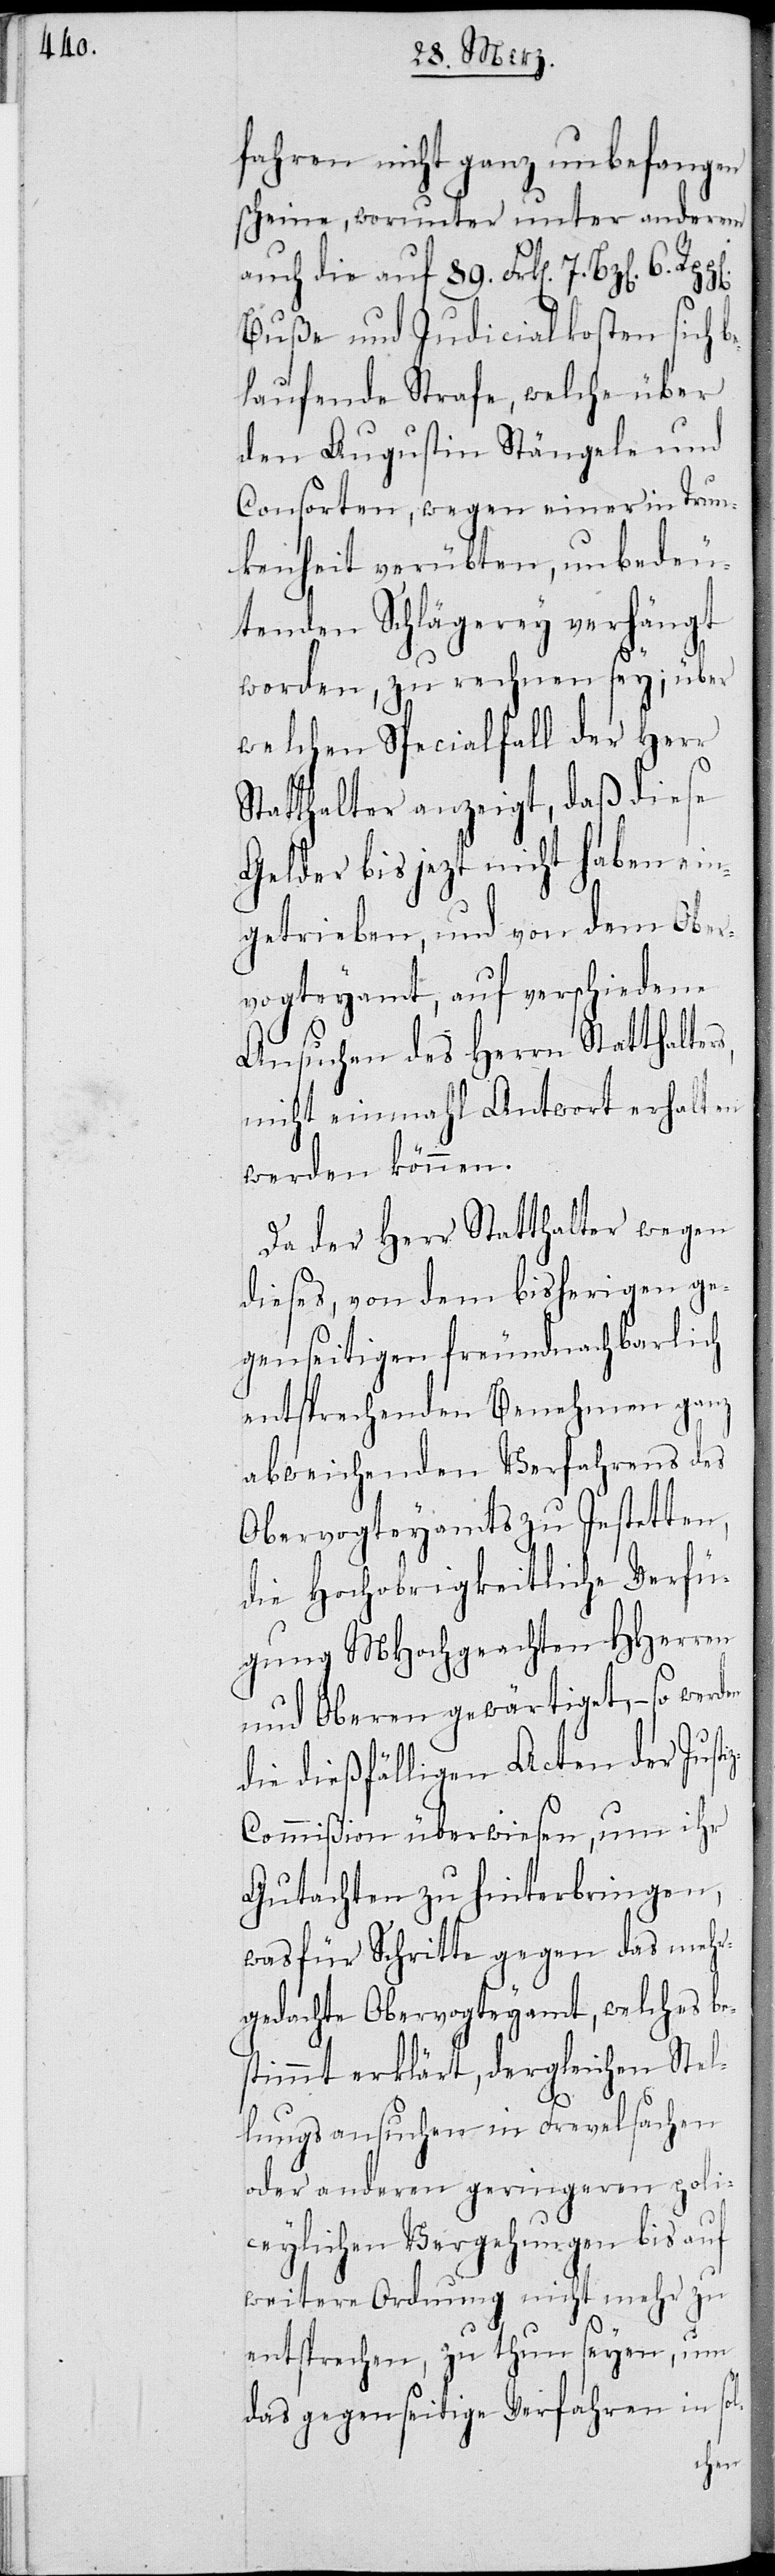
rs,

fahren nicht ganz unbefangen
scheine, worunter unter anderem
auch die auf 89. Frk[en]. 7. Bz[en].
Buße und Judicialkosten sich
belaufende Strafe, welche über
den Augustin Stängele und
Consorten, wegen einer in Trun¬
kenheit verübten, unbedeu¬
tenden Schlägerey verhängt
worden, zu nehmen sey; über
welchen Specialfall der Herr
Statthalter anzeigt, daß diese
Gelder bis jetzt nicht haben ein¬
getrieben, und von dem Ober¬
vogteyamt, auf verschiedene
Ansuchen des Herrn Statthalte¬
nicht einmahl Antwort erhalten
werden können.
Da der Herr Statthalter wegen
dieses, von dem bisherigen ge¬
genseitigen freundnachbarlich
entsprechenden Benehmen ganz
abweichenden Verfahrens des
Obervogteyamts zu Jestetten,
die Hochobrigkeitliche Verfü¬
gung MHochgeachten HHerren
und Oberen gewärtiget, – so werd¬
die diesfälligen Acten der Just¬
ommißion überwiesen, um ihr
Gutachten zu hinterbringen,
was für Schritte gegen das mehr¬
gedachte Obervogteyamt, welches be¬
stimmt erklärt, dergleichen Stel¬
lungsansuchen in Frevelsachen
oder anderen geringeren poli¬
ceylichen Vergehungen bis auf
weitere Ordnung nicht mehr zu
entsprechen, zu thun seyen, um
das gegenseitige Verfahren in sol-
iz-C¬